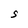
Character: S